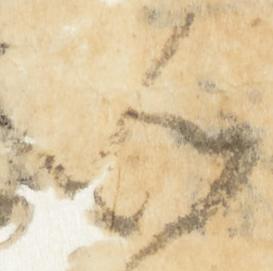
如